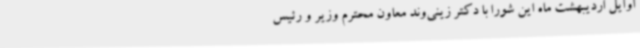
اوایل اردیبهشت ماه این شورا با دکتر زینی‌وند معاون محترم وزیر و رئیس